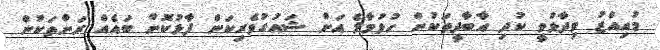
މުއިއްޒު ވިދާޅުވީ ކުދި އާބާދީތަކުން ހުޅުމާލެ އަށް ޝައުގުވެރިކަން ފާޅުކޮށް ބައެއް ރަށްތަކުން